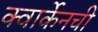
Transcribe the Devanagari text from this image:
क्वार्केनची